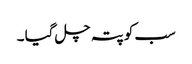
سب کو پتہ چل گیا ۔